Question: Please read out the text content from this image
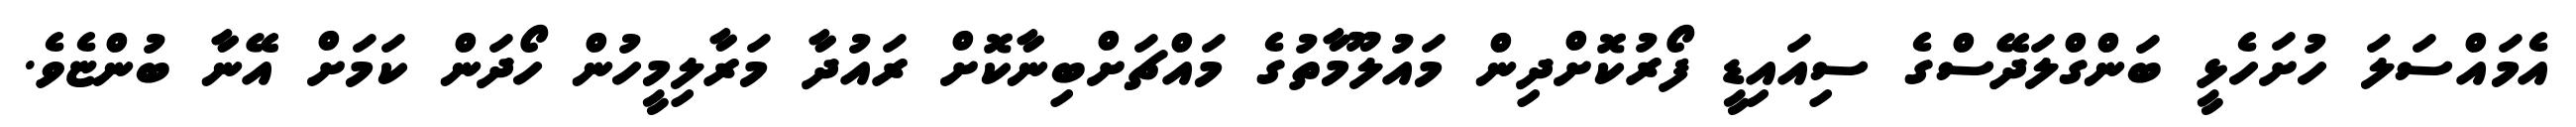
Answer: އެމައްސަލަ ހުށަހެޅީ ބަންގްލަދޭސްގެ ސިއައިޑީ ފޯރުކޮށްދިން މައުލޫމާތުގެ މައްޗަށްބިނާކޮށް ރައުދާ މަރާލިމީހުން ހޯދަން ކަމަށް އޭނާ ބުންޏެވެ.